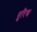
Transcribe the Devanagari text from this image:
धुरिण